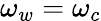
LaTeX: \omega_{w}=\omega_{c}